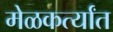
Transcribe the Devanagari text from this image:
मेळकर्त्यांत